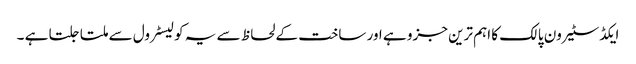
ایکڈسٹیرون پالک کا اہم ترین جزو ہے اور ساخت کے لحاظ سے یہ کولیسٹرول سے ملتا جلتا ہے ۔